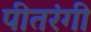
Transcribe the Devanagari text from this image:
पीतरंगी